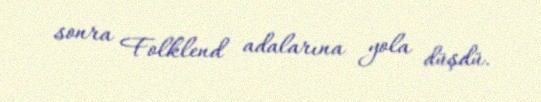
sonra Folklend adalarına yola düşdü.